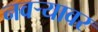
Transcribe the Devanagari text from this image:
नवऱ्यावर